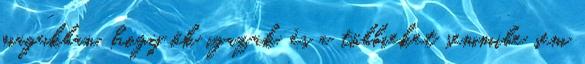
magukban, hogy ők igazak, és a többieket semmibe sem